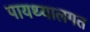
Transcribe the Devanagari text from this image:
पायथ्यालगत